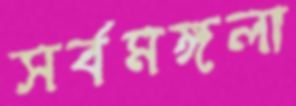
সর্বমঙ্গলা